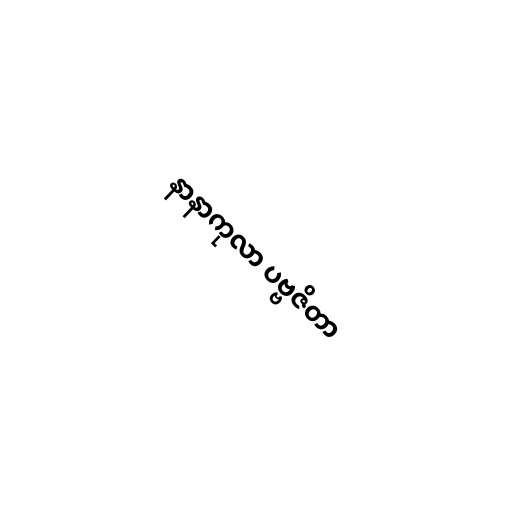
နာနာကုလာ ပဗ္ဗဇိတာ